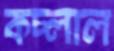
কচ্‌লাল